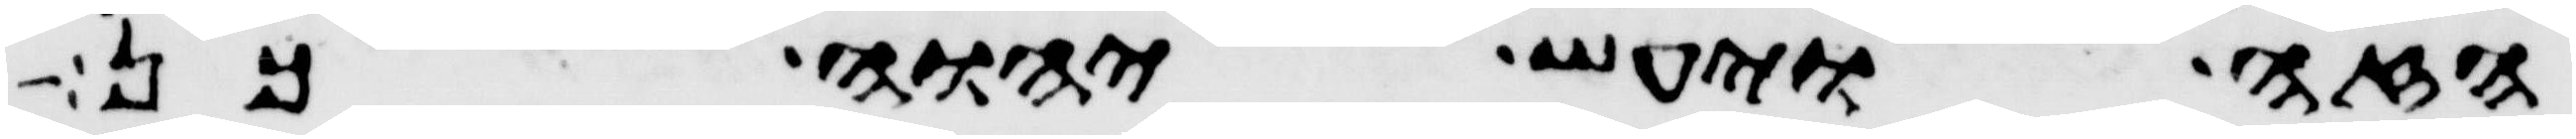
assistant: הזה ויעש יהוה כן